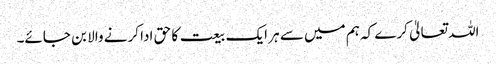
اللہ تعالیٰ کرے کہ ہم میں سے ہر ایک بیعت کا حق ادا کرنے والا بن جائے۔